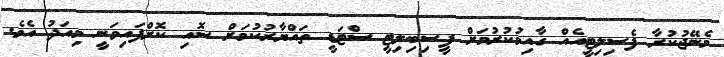
މެނޭޖުކުރާ ފެސިލިޓީއެއް ގާއިމުކުރުމަށް ފީސިބިލިޓީ ސްޓަޑީ ތައްޔާރުކުމަށް ސޮއި ކޮށްފައިވަނީ މިއަދު އެވެ.